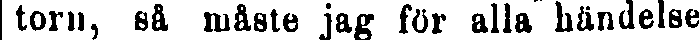
torn, så måste jag för alla händelser